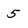
Character: 5